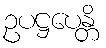
ဥပဋ္ဌပေန္တိ